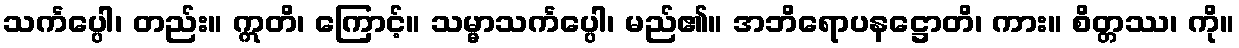
သင်္ကပ္ပေါ၊ တည်း။ ဣတိ၊ ကြောင့်။ သမ္မာသင်္ကပ္ပေါ၊ မည်၏။ အဘိရောပနဋ္ဌောတိ၊ ကား။ စိတ္တဿ၊ ကို။